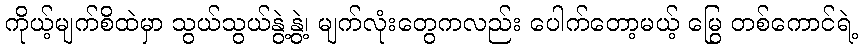
ကိုယ့်မျက်စိထဲမှာ သွယ်သွယ်နွဲ့နွဲ့၊ မျက်လုံးတွေကလည်း ပေါက်တော့မယ့် မြွေ တစ်ကောင်ရဲ့